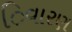
િવારણ